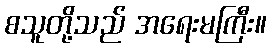
စသူတို့သည် အရေးမကြီး။